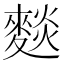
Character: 𮭽